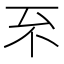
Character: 𠀚